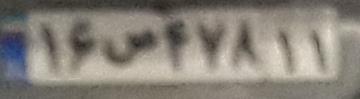
۱۶ص۴۷۸۱۱